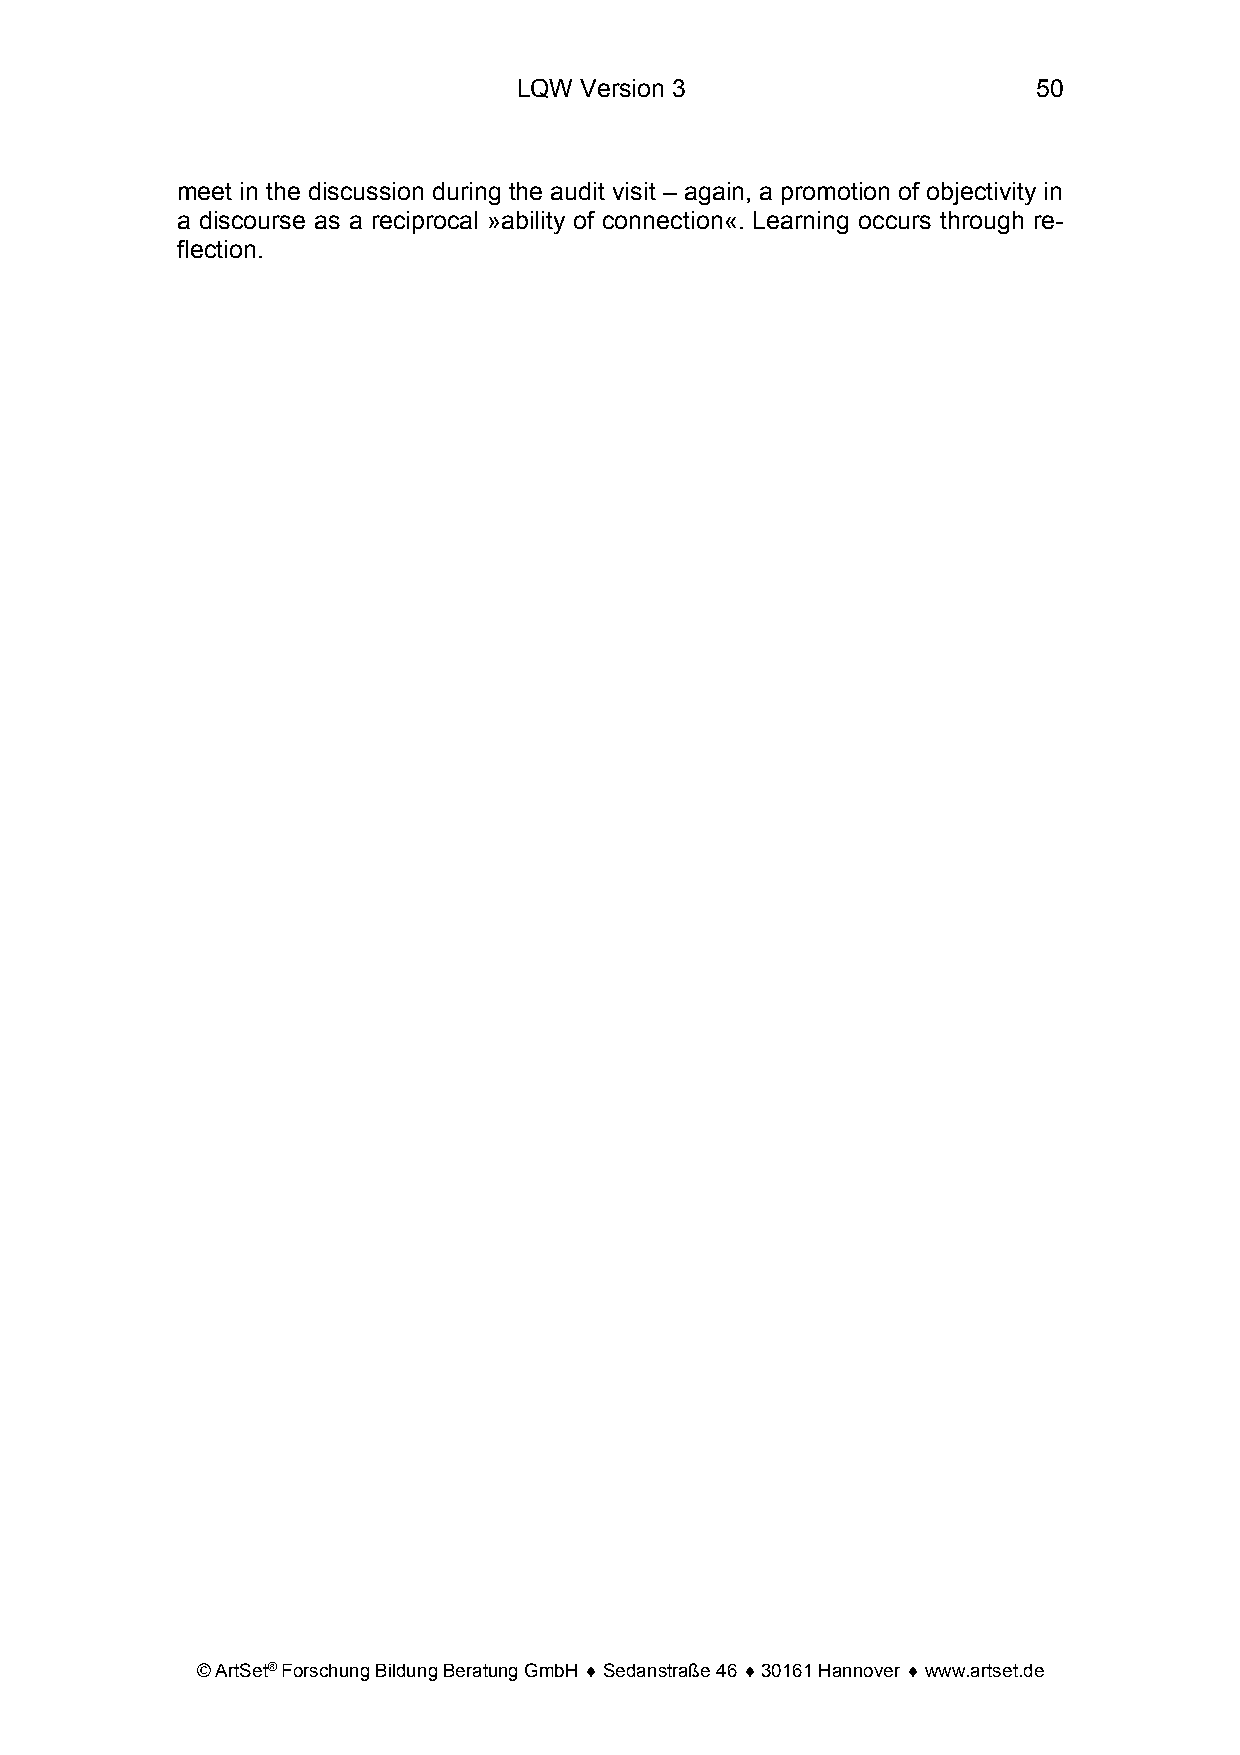
LQW Version 3                      50
 meet in the discussion during the audit visit – again, a promotion of objectivity in
 a discourse as a reciprocal »ability of connection«. Learning occurs through re-
 flection.
 © ArtSet® Forschung Bildung Beratung GmbH ♦ Sedanstraße 46 ♦ 30161 Hannover ♦ www.artset.de